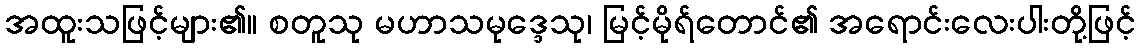
အထူးသဖြင့်များ၏။ စတူသု မဟာသမုဒ္ဒေသု၊ မြင့်မိုရ်တောင်၏ အရောင်းလေးပါးတို့ဖြင့်